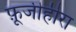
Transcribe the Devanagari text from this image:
फ़ूजीहीरा